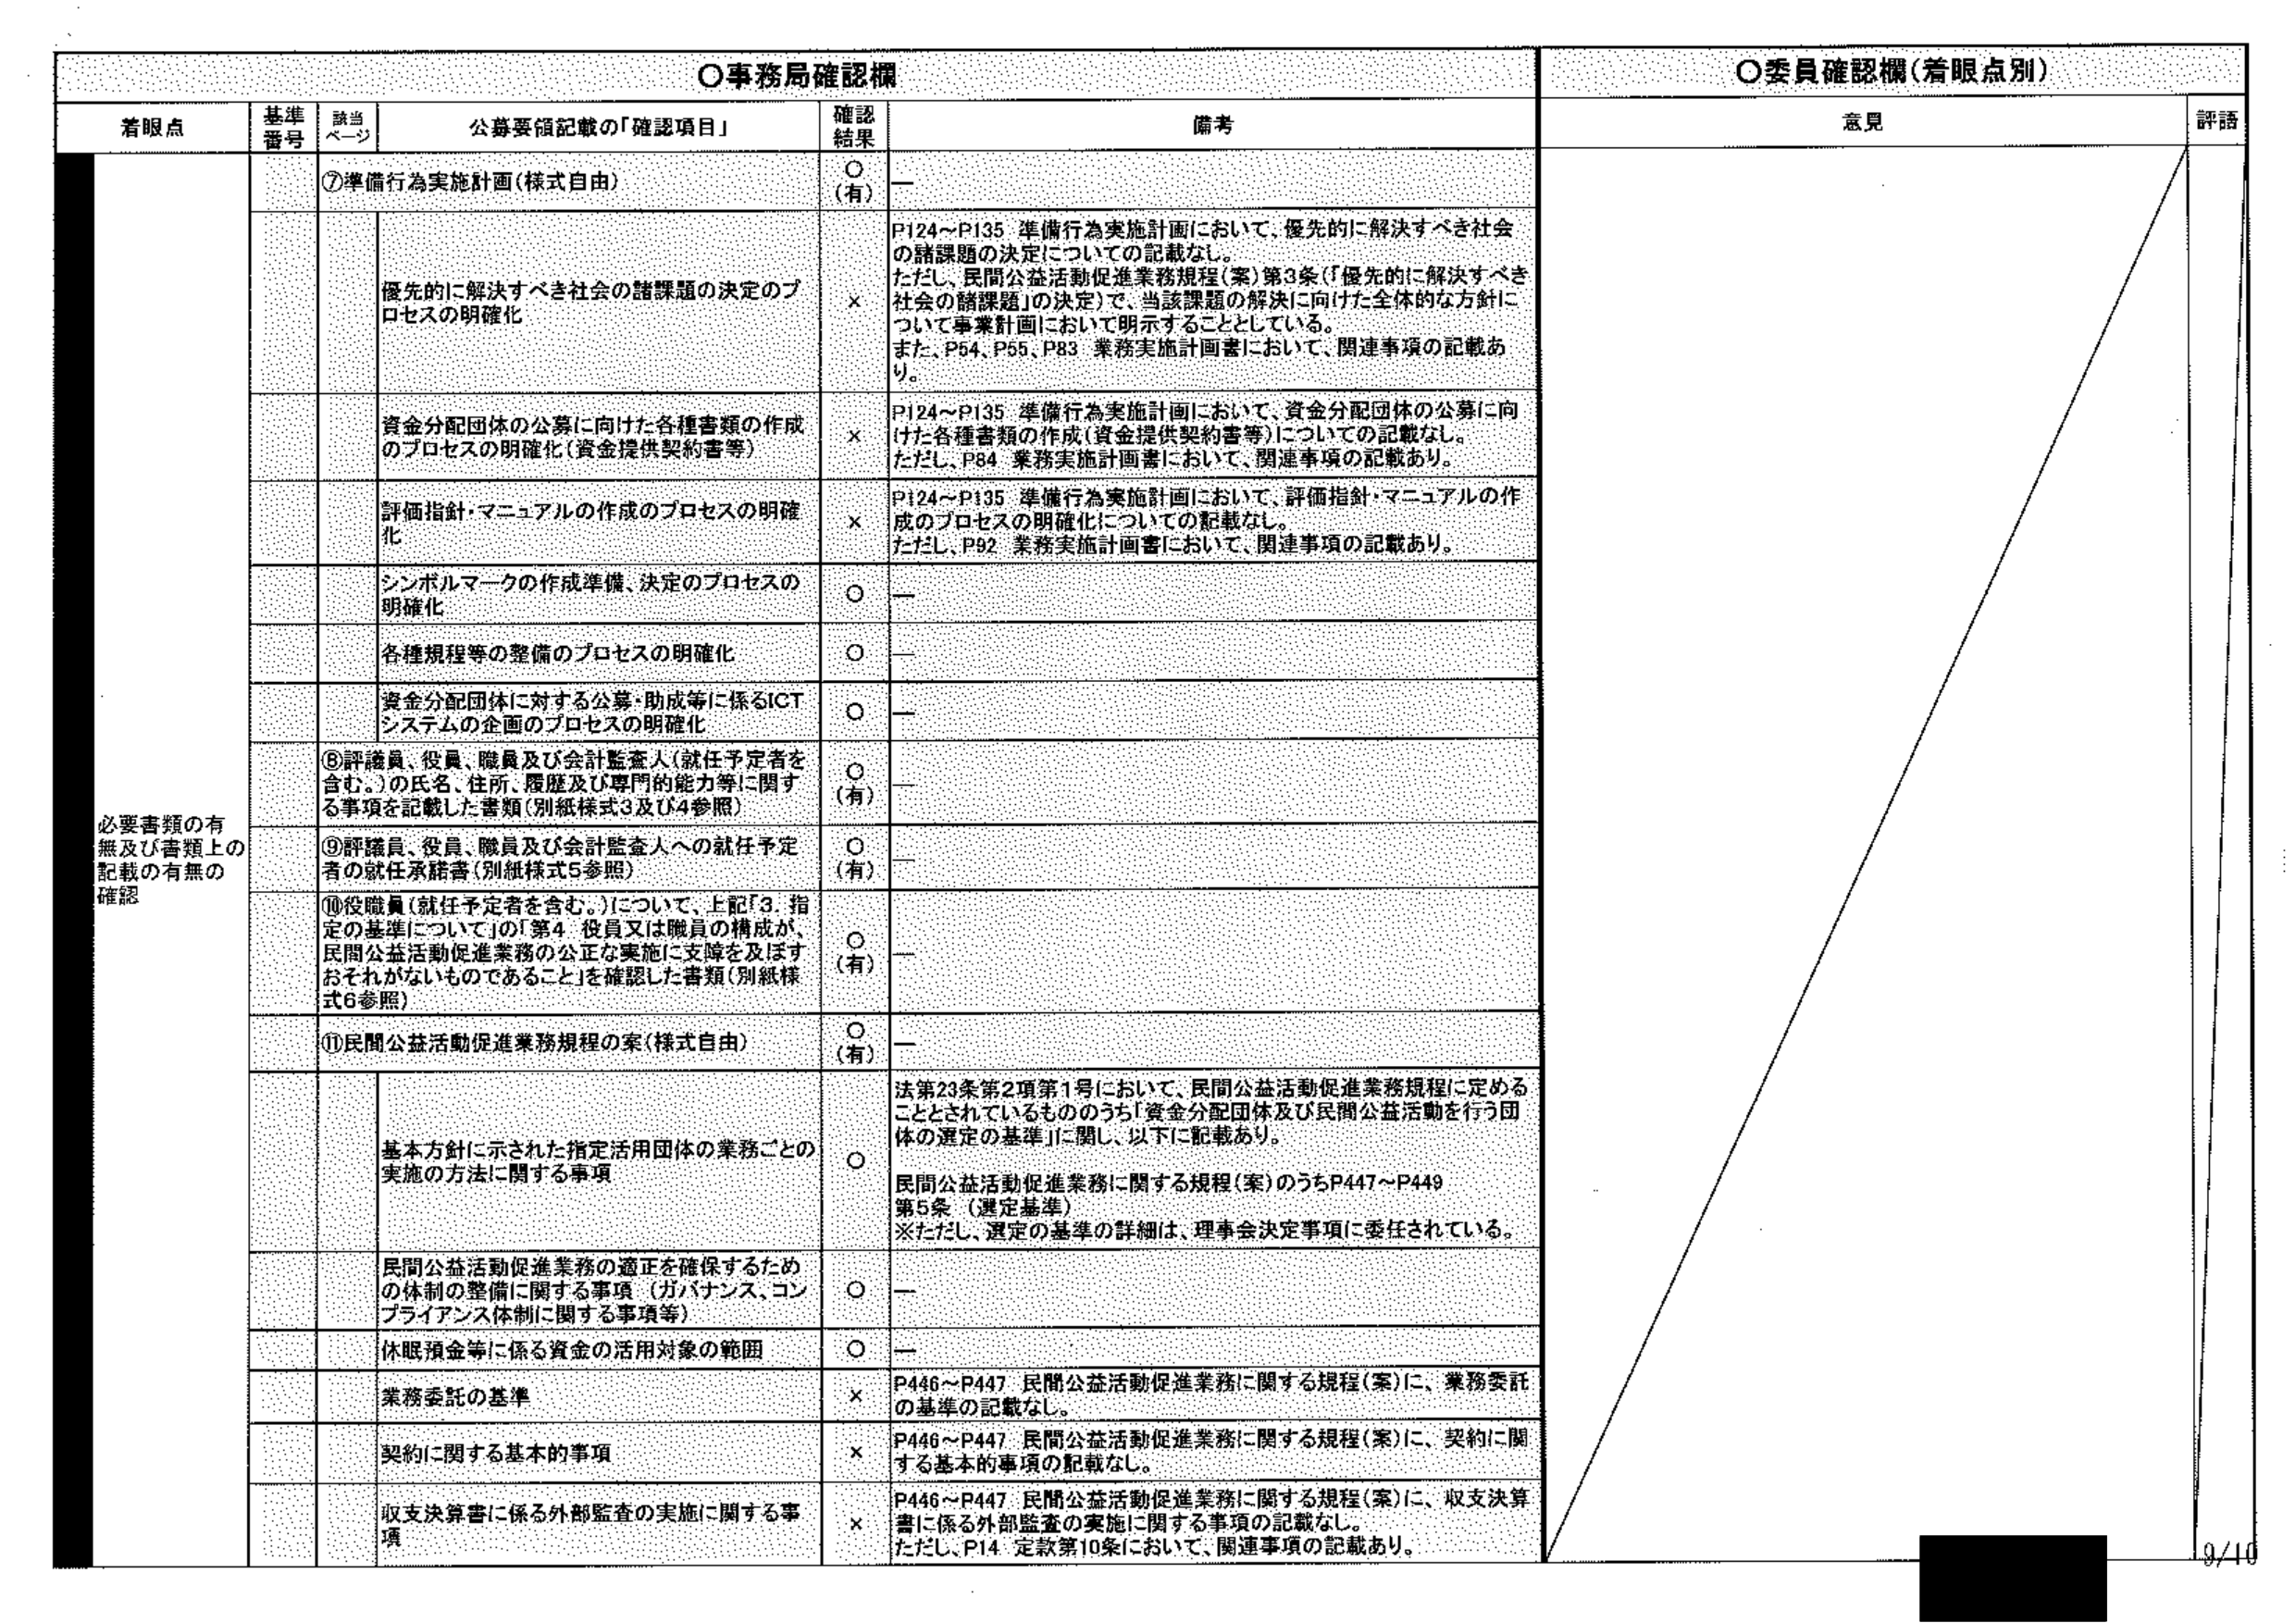
〇事務局確認欄
〇委員確認欄（着眼点別）

着眼点　　基準番号　　該当ページ　　公募要領記載の「確認項目」　　確認結果　　備考　　意見　　評語

必要書類の有無及び書類上の記載の有無の確認

⑦準備行為実施計画（様式自由）　　〇（有）　　ー

優先的に解決すべき社会の諸課題の決定のプロセスの明確化　　×　　P124～P135 準備行為実施計画において、優先的に解決すべき社会の諸課題の決定についての記載なし。
ただし、民間公益活動促進業務規程（案）第3条（「優先的に解決すべき社会の諸課題」の決定）で、当該課題の解決に向けた全体的な方針について事業計画において明示することとしている。
また、P54、P55、P83 業務実施計画書において、関連事項の記載あり。

資金分配団体の公募に向けた各種書類の作成のプロセスの明確化（資金提供契約書等）　　×　　P124～P135 準備行為実施計画において、資金分配団体の公募に向けた各種書類の作成（資金提供契約書等）についての記載なし。
ただし、P84 業務実施計画書において、関連事項の記載あり。

評価指針・マニュアルの作成のプロセスの明確化　　×　　P124～P135 準備行為実施計画において、評価指針・マニュアルの作成のプロセスの明確化についての記載なし。
ただし、P92 業務実施計画書において、関連事項の記載あり。

シンボルマークの作成準備、決定のプロセスの明確化　　〇　　ー

各種規程等の整備のプロセスの明確化　　〇　　ー

資金分配団体に対する公募・助成等に係るICTシステムの企画のプロセスの明確化　　〇　　ー

⑧評議員、役員、職員及び会計監査人（就任予定者を含む。）の氏名、住所、履歴及び専門的能力等に関する事項を記載した書類（別紙様式3及び4参照）　　〇（有）　　ー

⑨評議員、役員、職員及び会計監査人への就任予定者の就任承諾書（別紙様式5参照）　　〇（有）　　ー

⑩役職員（就任予定者を含む。）について、上記「3．指定の基準について」の「第4 役員又は職員の構成が、民間公益活動促進業務の公正な実施に支障を及ぼすおそれがないものであること」を確認した書類（別紙様式6参照）　　〇（有）　　ー

⑪民間公益活動促進業務規程の案（様式自由）　　〇（有）　　ー

基本方針に示された指定活用団体の業務ごとの実施の方法に関する事項　　〇　　法第23条第2項第1号において、民間公益活動促進業務規程に定めることとされているもののうち「資金分配団体及び民間公益活動を行う団体の選定の基準」に関し、以下に記載あり。
民間公益活動促進業務に関する規程（案）のうちP447～P449
第5条（選定基準）
※ただし、選定の基準の詳細は、理事会決定事項に委任されている。

民間公益活動促進業務の適正を確保するための体制の整備に関する事項（ガバナンス、コンプライアンス体制に関する事項等）　　〇　　ー

休眠預金等に係る資金の活用対象の範囲　　〇　　ー

業務委託の基準　　×　　P446～P447 民間公益活動促進業務に関する規程（案）に、業務委託の基準の記載なし。

契約に関する基本的事項　　×　　P446～P447 民間公益活動促進業務に関する規程（案）に、契約に関する基本的事項の記載なし。

収支決算書に係る外部監査の実施に関する事項　　×　　P446～P447 民間公益活動促進業務に関する規程（案）に、収支決算書に係る外部監査の実施に関する事項の記載なし。
ただし、P14 定款第10条において、関連事項の記載あり。

9/10